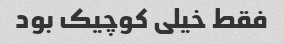
فقط خیلی کوچیک بود